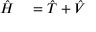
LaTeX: \begin{array} { r l } { { \hat { H } } } & { { } = { \hat { T } } + { \hat { V } } } \end{array}